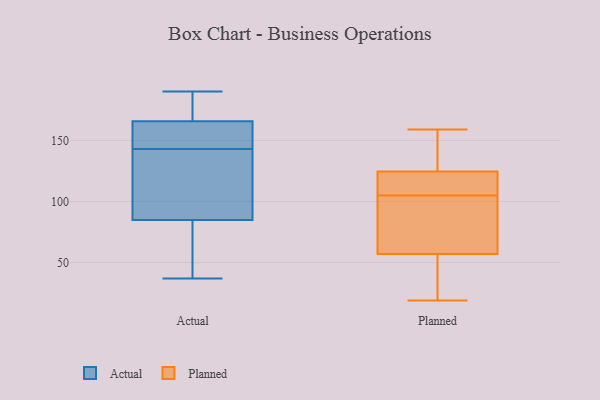
{"axis": {"x": "Energy Usage (MWh)", "y": "Value"}, "legend": ["Actual", "Planned"], "data": [{"x": "", "y": 83, "type": "Actual"}, {"x": "", "y": 109, "type": "Actual"}, {"x": "", "y": 147, "type": "Actual"}, {"x": "", "y": 183, "type": "Actual"}, {"x": "", "y": 37, "type": "Actual"}, {"x": "", "y": 78, "type": "Actual"}, {"x": "", "y": 190, "type": "Actual"}, {"x": "", "y": 143, "type": "Actual"}, {"x": "", "y": 168, "type": "Actual"}, {"x": "", "y": 159, "type": "Actual"}, {"x": "", "y": 90, "type": "Actual"}, {"x": "", "y": 49, "type": "Planned"}, {"x": "", "y": 31, "type": "Planned"}, {"x": "", "y": 91, "type": "Planned"}, {"x": "", "y": 145, "type": "Planned"}, {"x": "", "y": 159, "type": "Planned"}, {"x": "", "y": 19, "type": "Planned"}, {"x": "", "y": 97, "type": "Planned"}, {"x": "", "y": 106, "type": "Planned"}, {"x": "", "y": 140, "type": "Planned"}, {"x": "", "y": 36, "type": "Planned"}, {"x": "", "y": 133, "type": "Planned"}, {"x": "", "y": 110, "type": "Planned"}, {"x": "", "y": 65, "type": "Planned"}, {"x": "", "y": 116, "type": "Planned"}, {"x": "", "y": 104, "type": "Planned"}, {"x": "", "y": 107, "type": "Planned"}]}